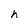
Character: h